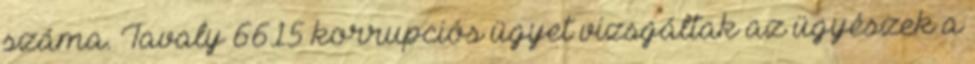
száma. Tavaly 6615 korrupciós ügyet vizsgáltak az ügyészek a